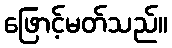
ဖြောင့်မတ်သည်။